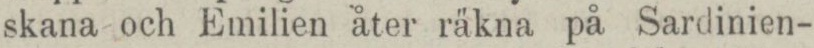
skana och Emilien åter räkna på Sardinien-